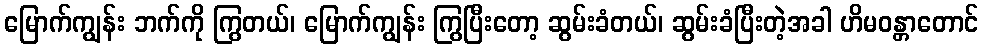
မြောက်ကျွန်း ဘက်ကို ကြွတယ်၊ မြောက်ကျွန်း ကြွပြီးတော့ ဆွမ်းခံတယ်၊ ဆွမ်းခံပြီးတဲ့အခါ ဟိမဝန္တာတောင်